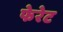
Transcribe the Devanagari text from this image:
फेरेट